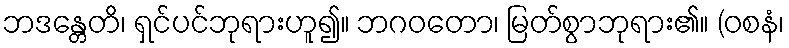
ဘဒန္တေတိ၊ ရှင်ပင်ဘုရားဟူ၍။ ဘဂဝတော၊ မြတ်စွာဘုရား၏။ (ဝစနံ၊